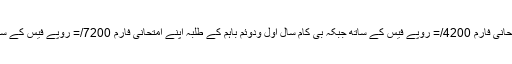
بی کام سال اول ودوئم کے طلبہ اپنے امتحانی فارم 4200/= روپے فیس کے ساتھ جبکہ بی کام سال اول ودوئم باہم کے طلبہ اپنے امتحانی فارم 7200/= روپے فیس کے ساتھ متعلقہ کالجز میں جمع کراسکتے ہیں۔